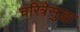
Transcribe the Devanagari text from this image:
चरित्रेसुद्धा